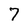
Character: 7